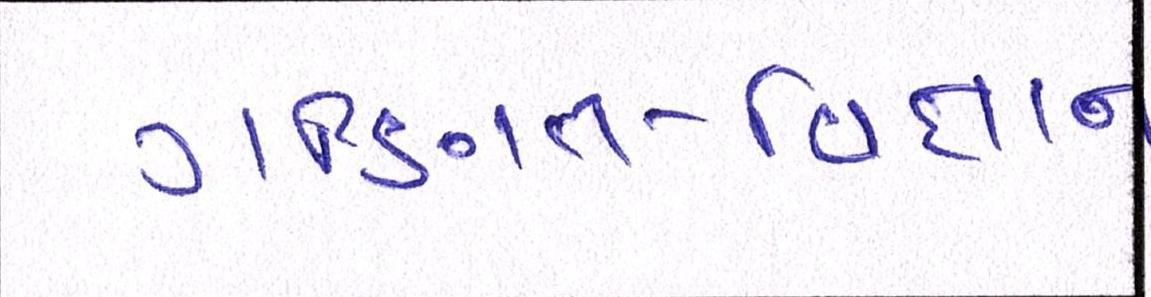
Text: ગણિત-વિજ્ઞાન